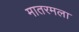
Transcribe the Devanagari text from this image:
मातरमला